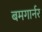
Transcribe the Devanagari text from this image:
बमगार्नर